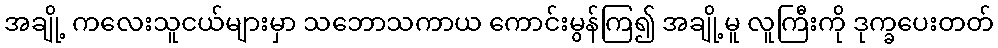
အချို့ ကလေးသူငယ်များမှာ သဘောသကာယ ကောင်းမွန်ကြ၍ အချို့မူ လူကြီးကို ဒုက္ခပေးတတ်